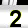
Digit: 2